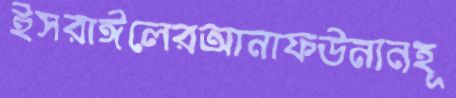
ইসরাঈলেরআনাফউনানহূ